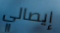
إيصالي